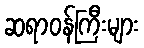
ဆရာဝန်ကြီးများ